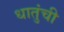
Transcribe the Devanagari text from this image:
धातुंची